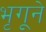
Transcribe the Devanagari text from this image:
भृगूने